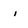
Character: i